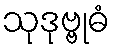
သုဒုဗ္ဗုဓံ